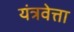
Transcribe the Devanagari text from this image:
यंत्रवेत्ता